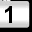
Digit: 1